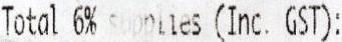
TOTAL 6% SUPPLIES (INC. GST):